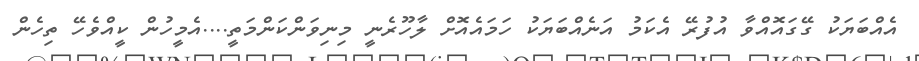
އެއްބަޔަކު ގޭގައޮއްވާ އުފުރޭ އެކަމު އަނެއްބަޔަކު ހަމައެއޮށް ލާހޫރެނީ މިނިވަންކަންމަތީ....އެމީހުން ކީއްވެހޭ ތިހެން